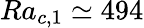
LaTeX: Ra_{c,1}\simeq 494